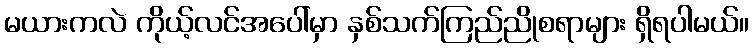
မယားကလဲ ကိုယ့်လင်အပေါ်မှာ နှစ်သက်ကြည်ညိုစရာများ ရှိရပါမယ်။